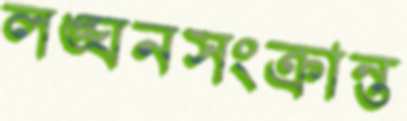
লঙ্ঘনসংক্রান্ত